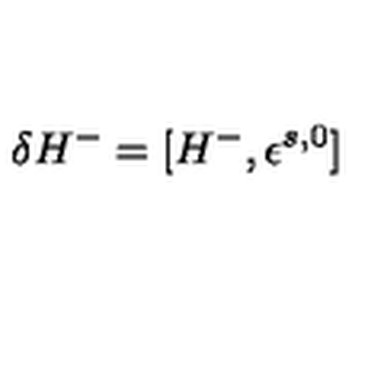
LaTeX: \delta H ^ { - } = [ H ^ { - } , \epsilon ^ { s , 0 } ]